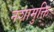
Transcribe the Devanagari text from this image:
नशामुक्ति